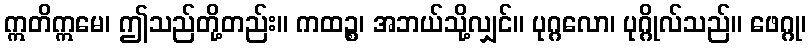
ဣတိဣမေ၊ ဤသည်တို့တည်း။ ကထဉ္စ၊ အဘယ်သို့လျှင်။ ပုဂ္ဂလော၊ ပုဂ္ဂိုလ်သည်။ ဖေဂ္ဂု၊